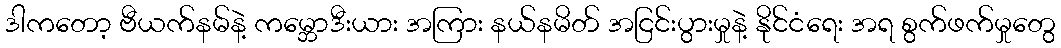
ဒါကတော့ ဗီယက်နမ်နဲ့ ကမ္ဘောဒီးယား အကြား နယ်နမိတ် အငြင်းပွားမှုနဲ့ နိုင်ငံရေး အရ စွက်ဖက်မှုတွေ